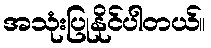
အသုံးပြုနိုင်ပါတယ်။